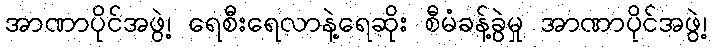
အာဏာပိုင်အဖွဲ့၊ ရေစီးရေလာနဲ့ရေဆိုး စီမံခန့်ခွဲမှု အာဏာပိုင်အဖွဲ့၊